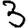
Digit: 3